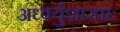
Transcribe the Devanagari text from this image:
अध्वर्युशाखाः